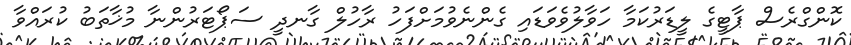
ކޮންގްރެސް ޕާޓީގެ ލީޑަރުކަމާ ހަވާލުވެވަޑައި ގެންނެވުމަށްފަހު ރާހުލް ގާނދީ ސަޕޯޓަރުންނާ މުޚާތަބު ކުރައްވާ